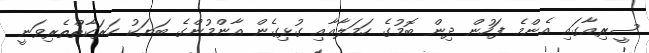
ސީރިއާގައި އެންމެ ފަހުން ދިން ބޮމުގެ ހަމަލާއާއި ގުޅިގެން އާންމުންގެ ބަޔަކު ހަރަކާތްތެރިވަނީ